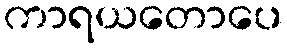
ကာရယတောပေ